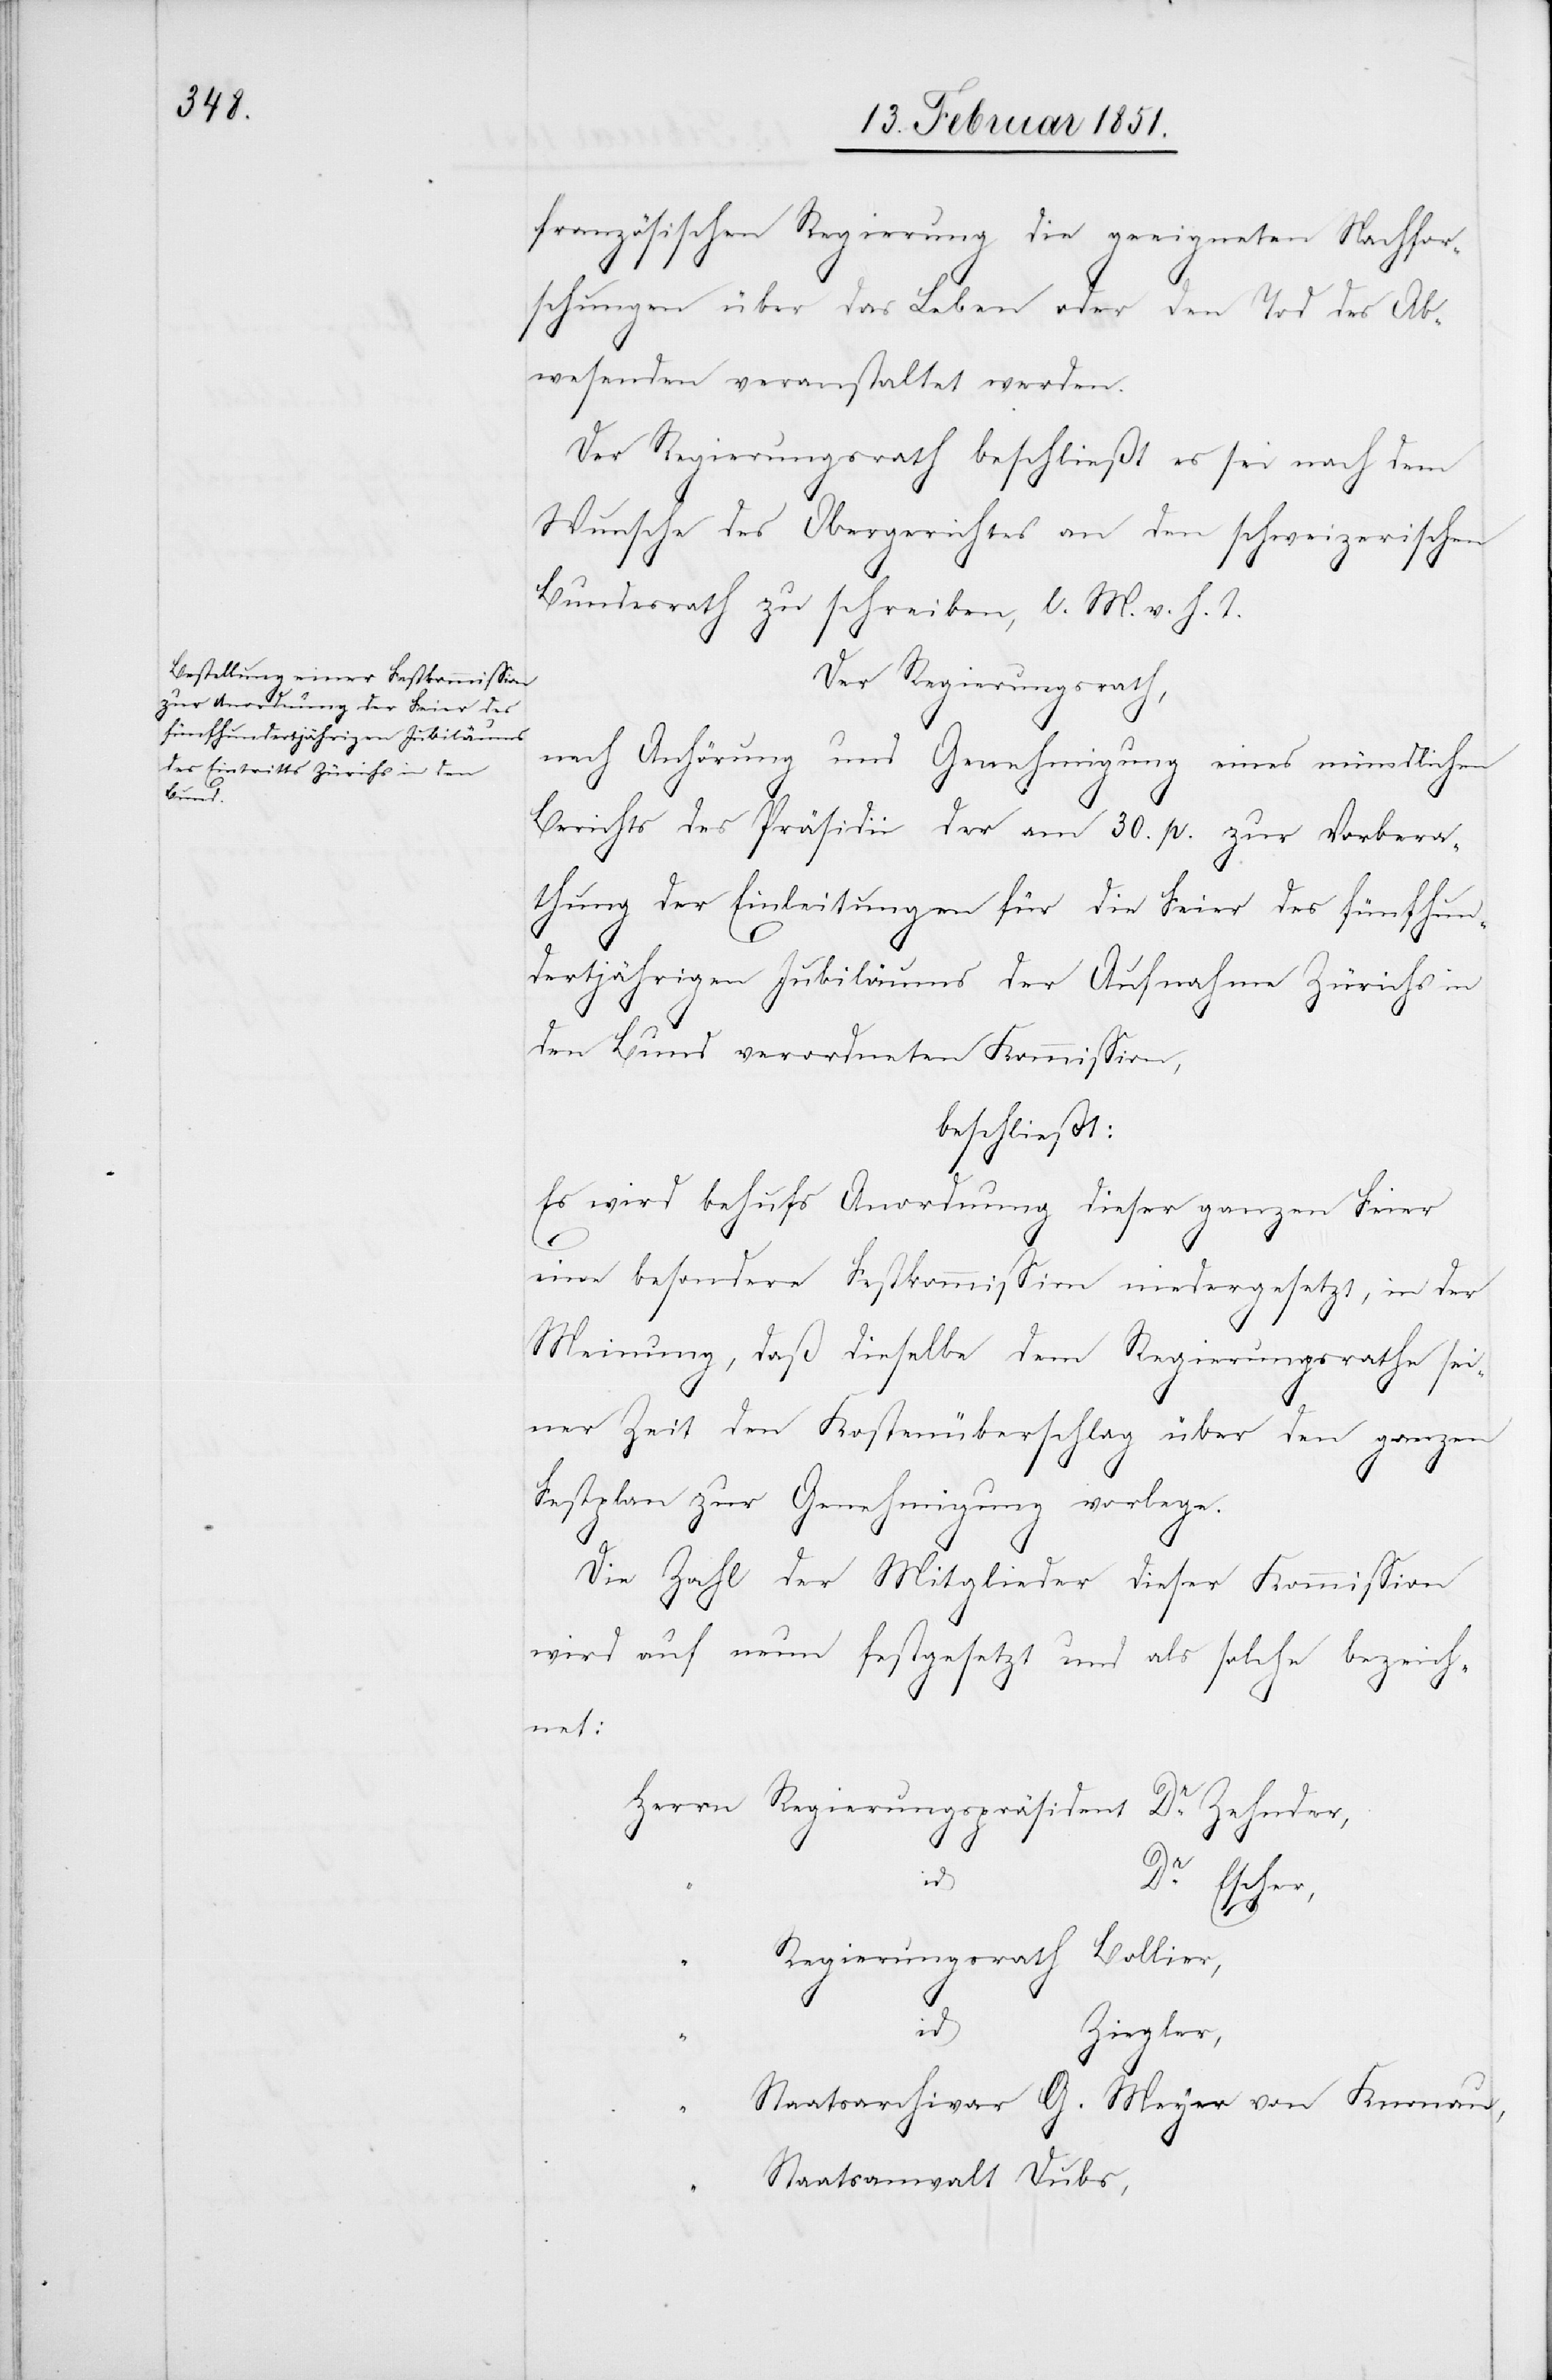
französischen Regierung die geeigneten Nachfor¬
schungen über das Leben oder den Tod des Ab¬
wesenden veranstaltet werden.
Der Regierungsrath beschließt, es sei nach dem
Wunsche des Obergerichtes an den schweizerischen
Bundesrath zu schreiben, l. M. v. h. T.
Der Regierungsrath,
nach Anhörung und Genehmigung eines mündlichen
Berichts des Präsidii der am 30. p. zur Vorbera¬
thung der Einleitungen für die Feier des fünfhun¬
dertjährigen Jubiläums der Aufnahme Zürichs in
den Bund verordneten Kommission,
beschließt:
Es wird behufs Anordnung dieser ganzen Feier
eine besondere Festkommission niedergesetzt, in der
Meinung, daß dieselbe dem Regierungsrathe sei¬
ner Zeit den Kostenüberschlag über den ganzen
Festplan zur Genehmigung vorlege.
Die Zahl der Mitglieder dieser Kommission
wird auf neun festgesetzt und als solche bezeich¬
net:
Regierungspräsident Dr. Zehnder,
“
id
Dr. Escher,
Regierungsrath Bollier,
“
id
Ziegler,
Staatsarchivar G. Meyer von Knonau,
Staatsanwalt Dubs,